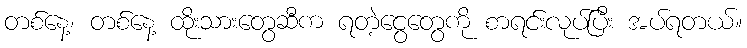
တစ်နေ့၊ တစ်နေ့ ထိုးသားတွေဆီက ရတဲ့ငွေတွေကို စာရင်းလုပ်ပြီး အပ်ရတယ်။